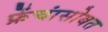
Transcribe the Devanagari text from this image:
फ्रेंचांसोबत